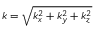
k = \sqrt { k _ { x } ^ { 2 } + k _ { y } ^ { 2 } + k _ { z } ^ { 2 } }